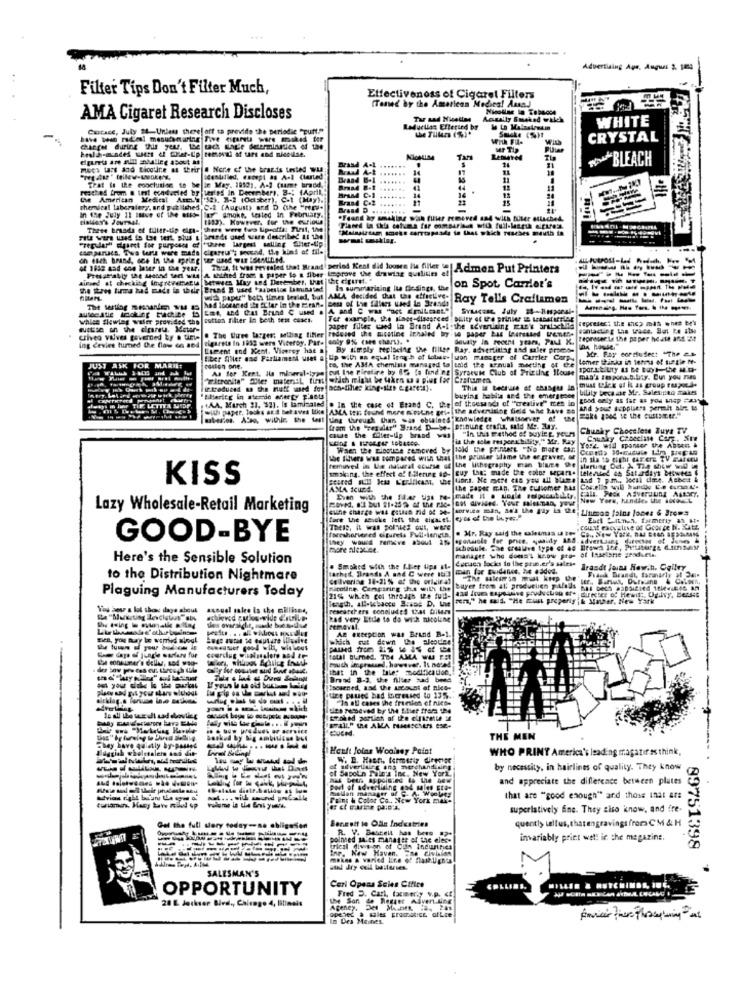
Advertising Age, Auqws 2. 1m4
Filter Tips Don't Filter Much,
Effectiveness of Cigaret Filters
(Tamed by the American Medies! Ansa.J
AMA Cigaret Research Discloses
Tar sad Niceties
Acually Smoked walch
WHITE
Cacace, July 4-Unless there| off to provide the periodic "ruft."
Leducllas Efterted by
With
CRYSTAL
Charge during this year. the tach sagte determinadies of the
health-mendes wers of Thet-Up temedi af tart and nicoilse.
MF Tip
*~ BLEACH
Mees tart and Bico'ire as their # Nore of the bracis tested wus
......
17
14
18
Brand
mached from & tet ccaderled by teries in Deerribery. B .: (April ,!
Trat is the conclution to be in May. 19121. A-2 (same brand,
the American Medical Amm.'@ '52), 3-2 (October), Col (Max).
15
18
themica! laboralery, and published C-2 (August) and D Che "RE+
RT @nokt, tested in February.
-
1883). However, for the curious
"Feand ig smaking wish fular removed and with füter olschel.
These brands of tuter-tip dins- there were two lipsatti: First, the
"Malaalatam smets corrcaptada to last which reaches meuth in
FILE wErs und do Lat test, plus & Sounds used sare described Li the!
"regular" diysost for purposes of "three largest salling Alter-Up
campariacs. Tua tent were mads digareu's second. the kind of fils
of 1838 aad one later in the year. Twee, It was revealed that Braad period Kent did loosen ile filler |Admon Put Printers
Fresatably the seaand see! wie A shifted from a paper lo a fiber Improve the drawing qualities el
--------
aimed at checking Inpreverseu between Muy sed December, that die cigaret. "
the three firma had made in their Brand B used "asbestos tamunited
Is summarizing its Gedings. the
on Spot, Carrier's
wia paper" both times lesled, but AMA decided that the effective-
Ray Tells Craftamen
-----
A and C was "act Emilmet"
whlee flowing wafer provided the sutton filter In both test cases.
represent the shop math when te'
Criveo valves governed by a tinte . The Uuee larger; selling tifler rodoved the micstine inhaled by .se paper bas teursasnd temere
paper filter caed la Brand A-lethe advertising wan't arstockla
ing Cevies turned the flow on and |cigarets in 1930 were Viceroy, Par- coly 9%% (see chart). .
dousty in Point years, Paul K.
represer Le the paper heste and iMit
Lument and Kent. Viceroy has a
By simisty replacing the filler Ray. advertitia and saler promo-
Mr. Fay corciufest "The as
Liber Aller nad Parliament uset & Up with an equal Innych of lobar- won manager of Carrier Corp.
co, the AMA chemists managed to told the annual meeting of the
lemer thanks in terms of turtle Me-
JUST ASK FOR MARIE:
As for Kent. Ils mineral-type out the Firstire by 85, la finding Syracuse Club of Prizilng Ilouse
spor.Itluty & Be tuyl the Mu-
"Citronita" Soler mater;"L first which might be taken u a piut Ine Craften.
must pick of it as group respond.
mas's zesporability. But you ries
introduced as the muatt wased for sch-tilies king-size " gasess).
This is because of chasqu in
bility beca se Me, Sales:paq makes
of thousands of "creative" ttes in
buying habits and the emerseser
good caly as far as you unsp Part
always in lay TIF LETTEA MIDP
.+AA, March 31, '$2), Is laminated . In the case of Erand C. the
with paper, looks as.i bet aves like |ANA tel: found mere sintine Bria!
the advertising field whe Lave a
And Sous suppliers permit alne 14
----
Ling through than was obtained knowledge whatsoever of the FOR4 1344 1e the GUELSEZEP."
from the "regalar" Brand D-be-
"In this method of Buytet. your
Chunky Chocelese Buys TV
cause the filter-ip brand was
is the sole respeen bility." Mr. Ray
When the nicotine removed by told the printers "No more Car
You2. wid sponser the Absen &
the Riders was compared with that the printer slame Ue egraver, of
remuvedl in Lie natural course of the lithography man blume the
En sia to eight (AF ere TV Satecu
smak.na. the effect of filering ap- guy that made the color separe telenbed da Saturdays bowede 6
KISS
AMA Iund.
the FARE GAR. The Cultomer BAS
BOVed. #'I but 21-25 % of the rice Got divided. Your sales-man, your
Sven with the Shar tips me-
New York, handles the Hot04L
Lazy Wholesale-Retail Marketing
cune charge was putan rid of se- service man, Ad'k the l'ay is the.
Lumon falna jones & Broms
fore the seicke left the cigaret, eyes of Ere buyer."
TheRS, IL was Doles out, were
. Mr. Ray said the salesman ia tos
count racyalive of Gcorte N. Katz
GOOD-BYE
foreshorvered cipurets Full-length.
more alcause.
schedule. She creative type et 44
of Insetonie genduela
Here's the Sensible Solution
Cecuca locks to the prus.er's sales-
manager wwho does's know Free
. Smoked with the f.hier tips st.
tathat, Brands A and C were stig man for tuidance, he esdos.
Brandt Joins How.h. Ogilvy
Fraud Brandt, taranafly af Ja.
to the Distribution Nightmare
Cellvering 18-21 %% of the original
Plaguing Manufacturers Today
Nimilne Comparing sua with the
buyer frome Al produelien plads
21% which col through the full-
Fiz," he said, "He must properly ik Mater, New York
You aos a lot shoes dage about
ascual sales in che millione,
researchers concluded that Ditems
tta "Sluierting Incletus"sbs
Rad very Ettle to do with nicoline
BIFE, you Buy io worried alogi
which cut dewn Ce alcodice!
AB exception was Brand B-1.
Beer days of jungle warfare fur
fatal Bumed. TO4 AMA WL FEL
much impressed, however, Is noted
that in the tale: modification.
Brand 8-1, the filter had been
"Iscsened, and the account of nies-
tre prues had Liereused to 135.
"Is all cases the franken of nics-
Je all the we di sad alovlice
basked by big ambiti4se bel
THE MEN
Aliggiab wholesalers and dit-
They have quietly by-passet
Heeft Jotas Weolney Point
WHO PRINY America's leading magatir ss think,
W. B. Haet, Kermeriz director
et Sapolin Pair's Inc. New York.
silverlining eng _merchandising
by necessity, in hairlines of quality. They know
has been appointed to the bow
and appreciate the difference between plates
port of advertising and sales
Faint & Color Co ., New York mak-
that are "good enough" and those inat af:
superlatively fine. They also know, and fre-
Benzoit to Olle Industries
quently tellus, thatengravings from CM & H
Gel the full story today"
R. V. Bestell has been " ?*
polmed JAits manAttr of the eles-
invariably priet welt in the magazine.
-----------
trical division of Cida Indurrea
Ine, New Haven. ne civision
89751398
SALESMAN'S
OPPORTUNITY
Ceri Opens Scies Cifice
LLINS
28 E Jockser Blvd ., Chicago 4, Bilinels
the Son de Regist Advert Line
Fred D. Cart, farmer.y v.P. C.
Ageney.
opeter à miles Fromstice ofLce
In Des Moines.